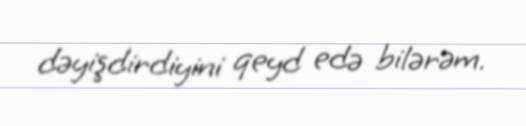
dəyişdirdiyini qeyd edə bilərəm.